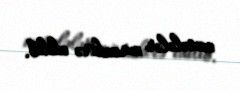
məsələlər müzakirə edilib.